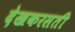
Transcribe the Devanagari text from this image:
देखकरसती